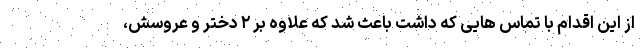
از این اقدام با تماس هایی که داشت باعث شد که علاوه بر ۲ دختر و عروسش،